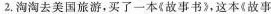
2.淘淘去美国旅游，买了一本《故事书》，这本《故事